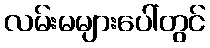
လမ်းမများပေါ်တွင်